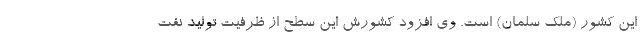
این کشور (ملک سلمان) است. وی افزود کشورش این سطح از ظرفیت تولید نفت